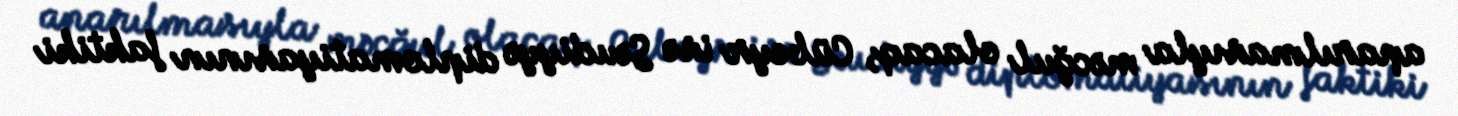
aparılmasıyla məcğul olacaq, Cübeyr isə Səudiyyə diplomatiyasının faktiki